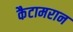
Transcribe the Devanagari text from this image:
कैटामरान